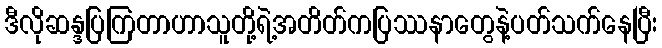
ဒီလိုဆန္ဒပြကြတာဟာသူတို့ရဲ့အတိတ်ကပြဿနာတွေနဲ့ပတ်သက်နေပြီး